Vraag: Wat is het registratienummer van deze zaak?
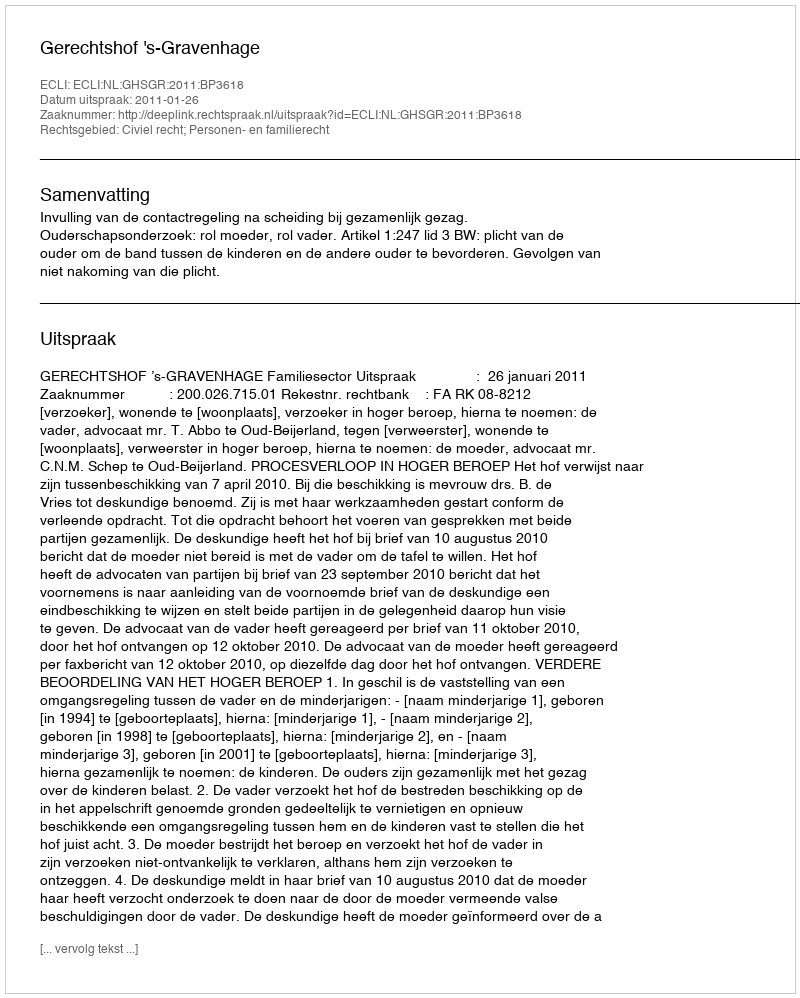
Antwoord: http://deeplink.rechtspraak.nl/uitspraak?id=ECLI:NL:GHSGR:2011:BP3618